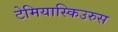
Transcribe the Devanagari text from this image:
टेमियास्किउरुस